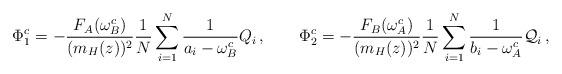
LaTeX: \begin{align*}\Phi_1^c= -\frac{F_A(\omega_B^c)}{(m_H(z))^2} \frac{1}{N} \sum_{i=1}^N \frac{1}{a_i-\omega_B^c} Q_i\,,\qquad\Phi_2^c= -\frac{F_B(\omega_A^c)}{(m_H(z))^2} \frac{1}{N} \sum_{i=1}^N \frac{1}{b_i-\omega_A^c} \mathcal{Q}_i\,, \end{align*}